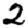
Digit: 2